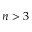
n > 3